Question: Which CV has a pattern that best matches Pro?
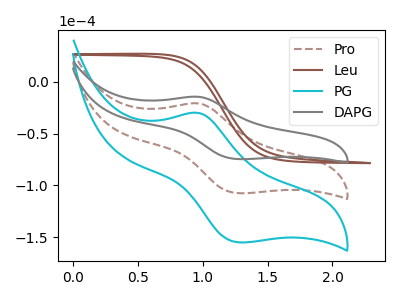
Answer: <think>The brown dashed curve "Pro" has an anodic peak at (0.95V, -20.90uA) and a cathodic peak at (1.30V, -107.70uA). The brown curve "Leu" has no peaks. The cyan curve "PG" has an anodic peak at (0.95V, -41.75uA) and a cathodic peak at (1.30V, -215.35uA). The gray curve "DAPG" has an anodic peak at (0.95V, -14.50uA) and a cathodic peak at (1.30V, -74.70uA).
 "Pro" and "Leu" have a different number of peaks. All the peaks in "Pro" have a peak in "PG" at the same potential. All the peaks in "Pro" have a peak in "DAPG" at the same potential. "Leu" and "PG" have a different number of peaks. "Leu" and "DAPG" have a different number of peaks. All the peaks in "PG" have a peak in "DAPG" at the same potential.</think>
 <answer>"Pro" and "PG" have a similar shape to "DAPG".</answer>
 <eval>"Pro" "PG"</eval>